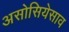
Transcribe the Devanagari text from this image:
असोसियेसाव